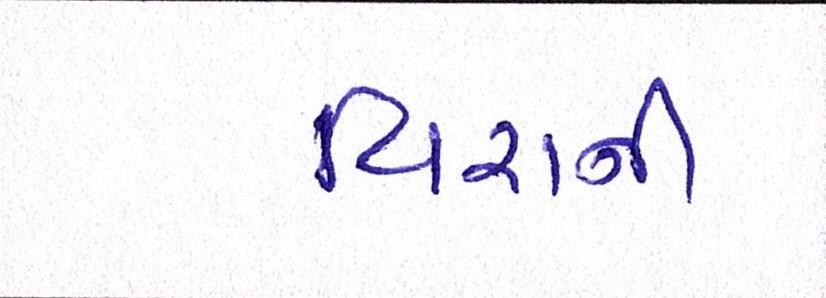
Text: વિરાની